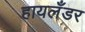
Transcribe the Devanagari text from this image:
हायलँडर